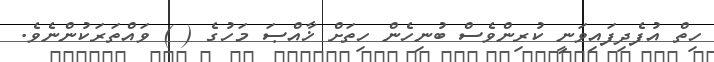
ހިތް އުފެދިފައިވަނީ ކުރިންވެސް ބުނިހެން ހިތަށް ޚާއްޞަ މަހުގެ ( ) ވައްތަރަކުންނެވެ.